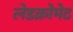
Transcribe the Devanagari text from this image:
लेडक्रोमेट